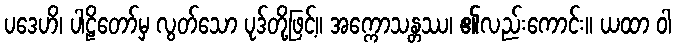
ပဒေဟိ၊ ပါဠိတော်မှ လွတ်သော ပုဒ်တို့ဖြင့်။ အက္ကောသန္တဿ၊ ၏လည်းကောင်း။ ယထာ ဝါ